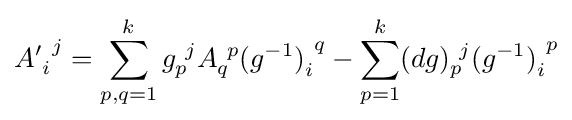
{A'}_{i}^{\ j}=\sum _{p,q=1}^{k}g_{p}^{\ j}A_{q}^{\ p}{(g^{-1})}_{i}^{\ q}-\sum _{p=1}^{k}(dg)_{p}^{\ j}{(g^{-1})}_{i}^{\ p}